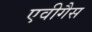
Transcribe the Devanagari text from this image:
एवीगैस